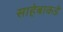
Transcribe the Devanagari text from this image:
साहेबाकडे